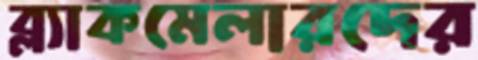
ব্ল্যাকমেলারদের